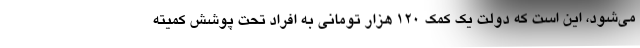
می‌شود، این است که دولت یک کمک ۱۲۰ هزار تومانی به افراد تحت پوشش کمیته